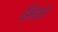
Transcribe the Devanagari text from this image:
शिशर